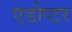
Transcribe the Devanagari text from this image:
एडोप्टर